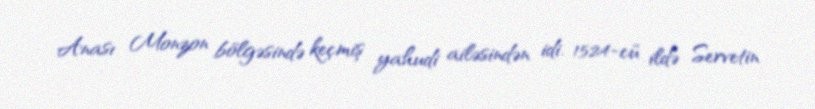
Anası Monzon bölgəsində keçmiş yahudi ailəsindən idi. 1524-cü ildə Servetin